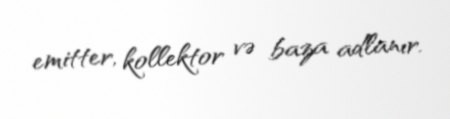
emitter, kollektor və baza adlanır.